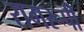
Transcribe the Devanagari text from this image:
रागरूपी